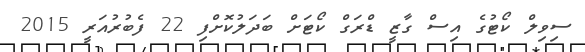
ސިވިލް ކޯޓުގެ އިސް ގާޒީ ޑްރަގް ކޯޓަށް ބަދަލުކޮށްފި 22 ފެބުރުއަރީ 2015